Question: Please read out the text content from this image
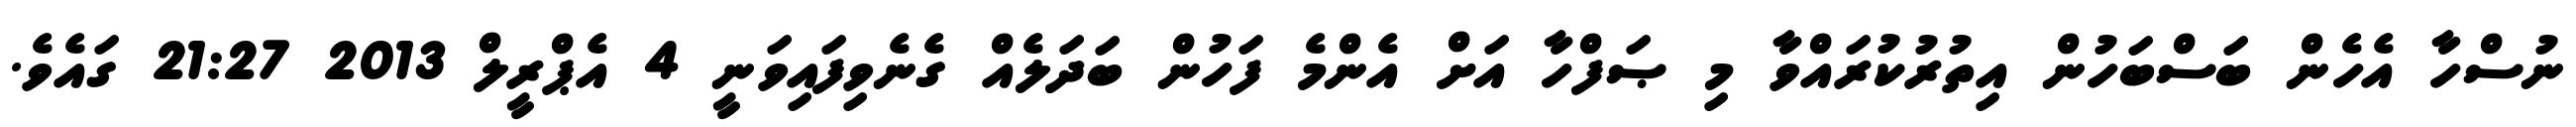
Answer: ނުސްހާ އެހެން ބަސްބަހުން އިތުރުކުރައްވާ މި ޞަފްހާ އަށް އެންމެ ފަހުން ބަދަލެއް ގެނެވިފައިވަނީ 4 އެޕްރީލް 2013 21:27 ގައެވެ.